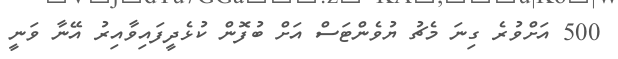
500 އަށްވުރެ ގިނަ މެޗު ޔުވެންޓަސް އަށް ބުފޮން ކުޅެދީފައިވާއިރު އޭނާ ވަނީ